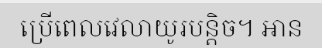
ប្រើពេលវេលាយូរបន្តិច។ អាន